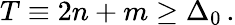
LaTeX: T\equiv 2n+m\geq\Delta_{0}\, .